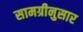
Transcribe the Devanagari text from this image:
सामग्रीनुसार